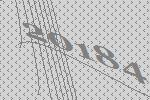
20184